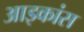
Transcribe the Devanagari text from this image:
आइकांस